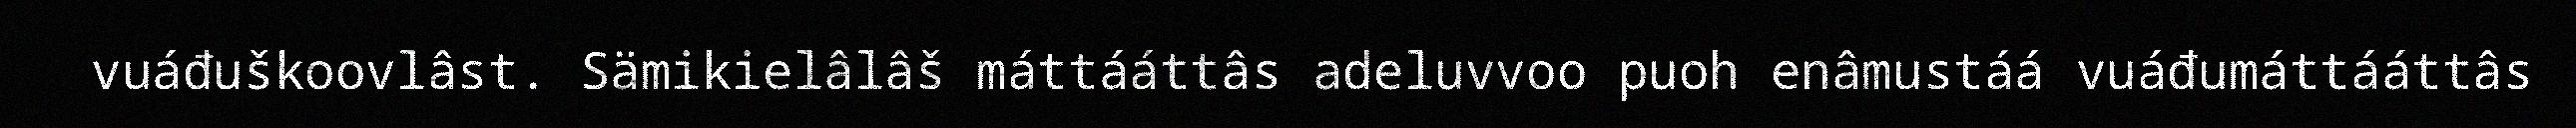
vuáđuškoovlâst. Sämikielâlâš máttááttâs adeluvvoo puoh enâmustáá vuáđumáttááttâs